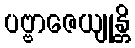
ပဗ္ဗာဇေယျုန္တိ